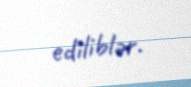
ediliblər.